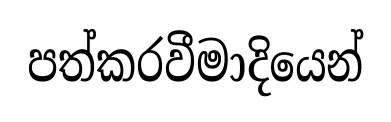
පත්කරවීමාදියෙන්